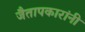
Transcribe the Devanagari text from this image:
जैतापकारांनी